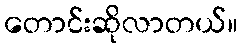
တောင်းဆိုလာတယ်။